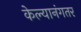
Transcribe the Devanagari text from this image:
केल्यानंगतर